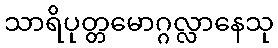
သာရိပုတ္တမောဂ္ဂလ္လာနေသု